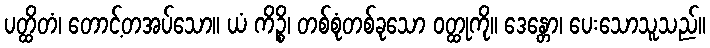
ပတ္ထိတံ၊ တောင့်တအပ်သော။ ယံ ကိဉ္စိ၊ တစ်စုံတစ်ခုသော ဝတ္ထုကို။ ဒေန္တော၊ ပေးသောသူသည်။